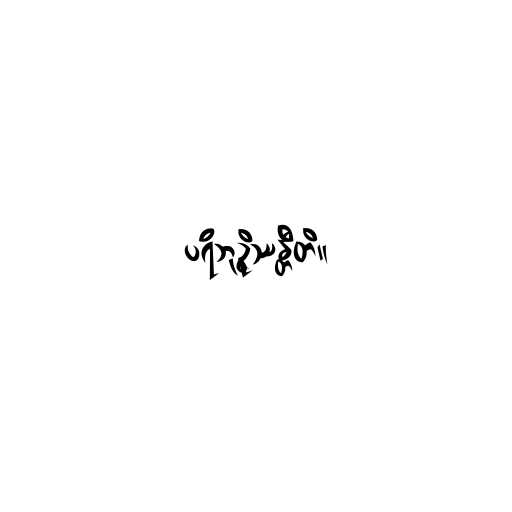
ပရိဘုဉ္ဇိဿန္တီတိ။